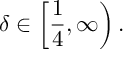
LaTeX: \delta \in \left[ \frac { 1 } { 4 } , \infty \right) .